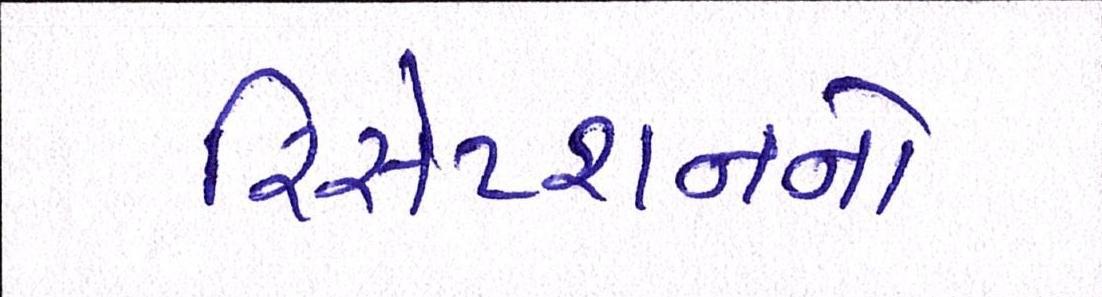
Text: રિસેપ્શનનો